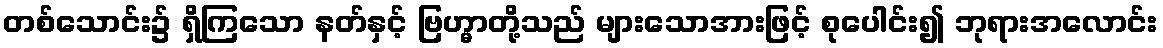
တစ်သောင်း၌ ရှိကြသော နတ်နှင့် ဗြဟ္မာတို့သည် များသောအားဖြင့် စုပေါင်း၍ ဘုရားအလောင်း